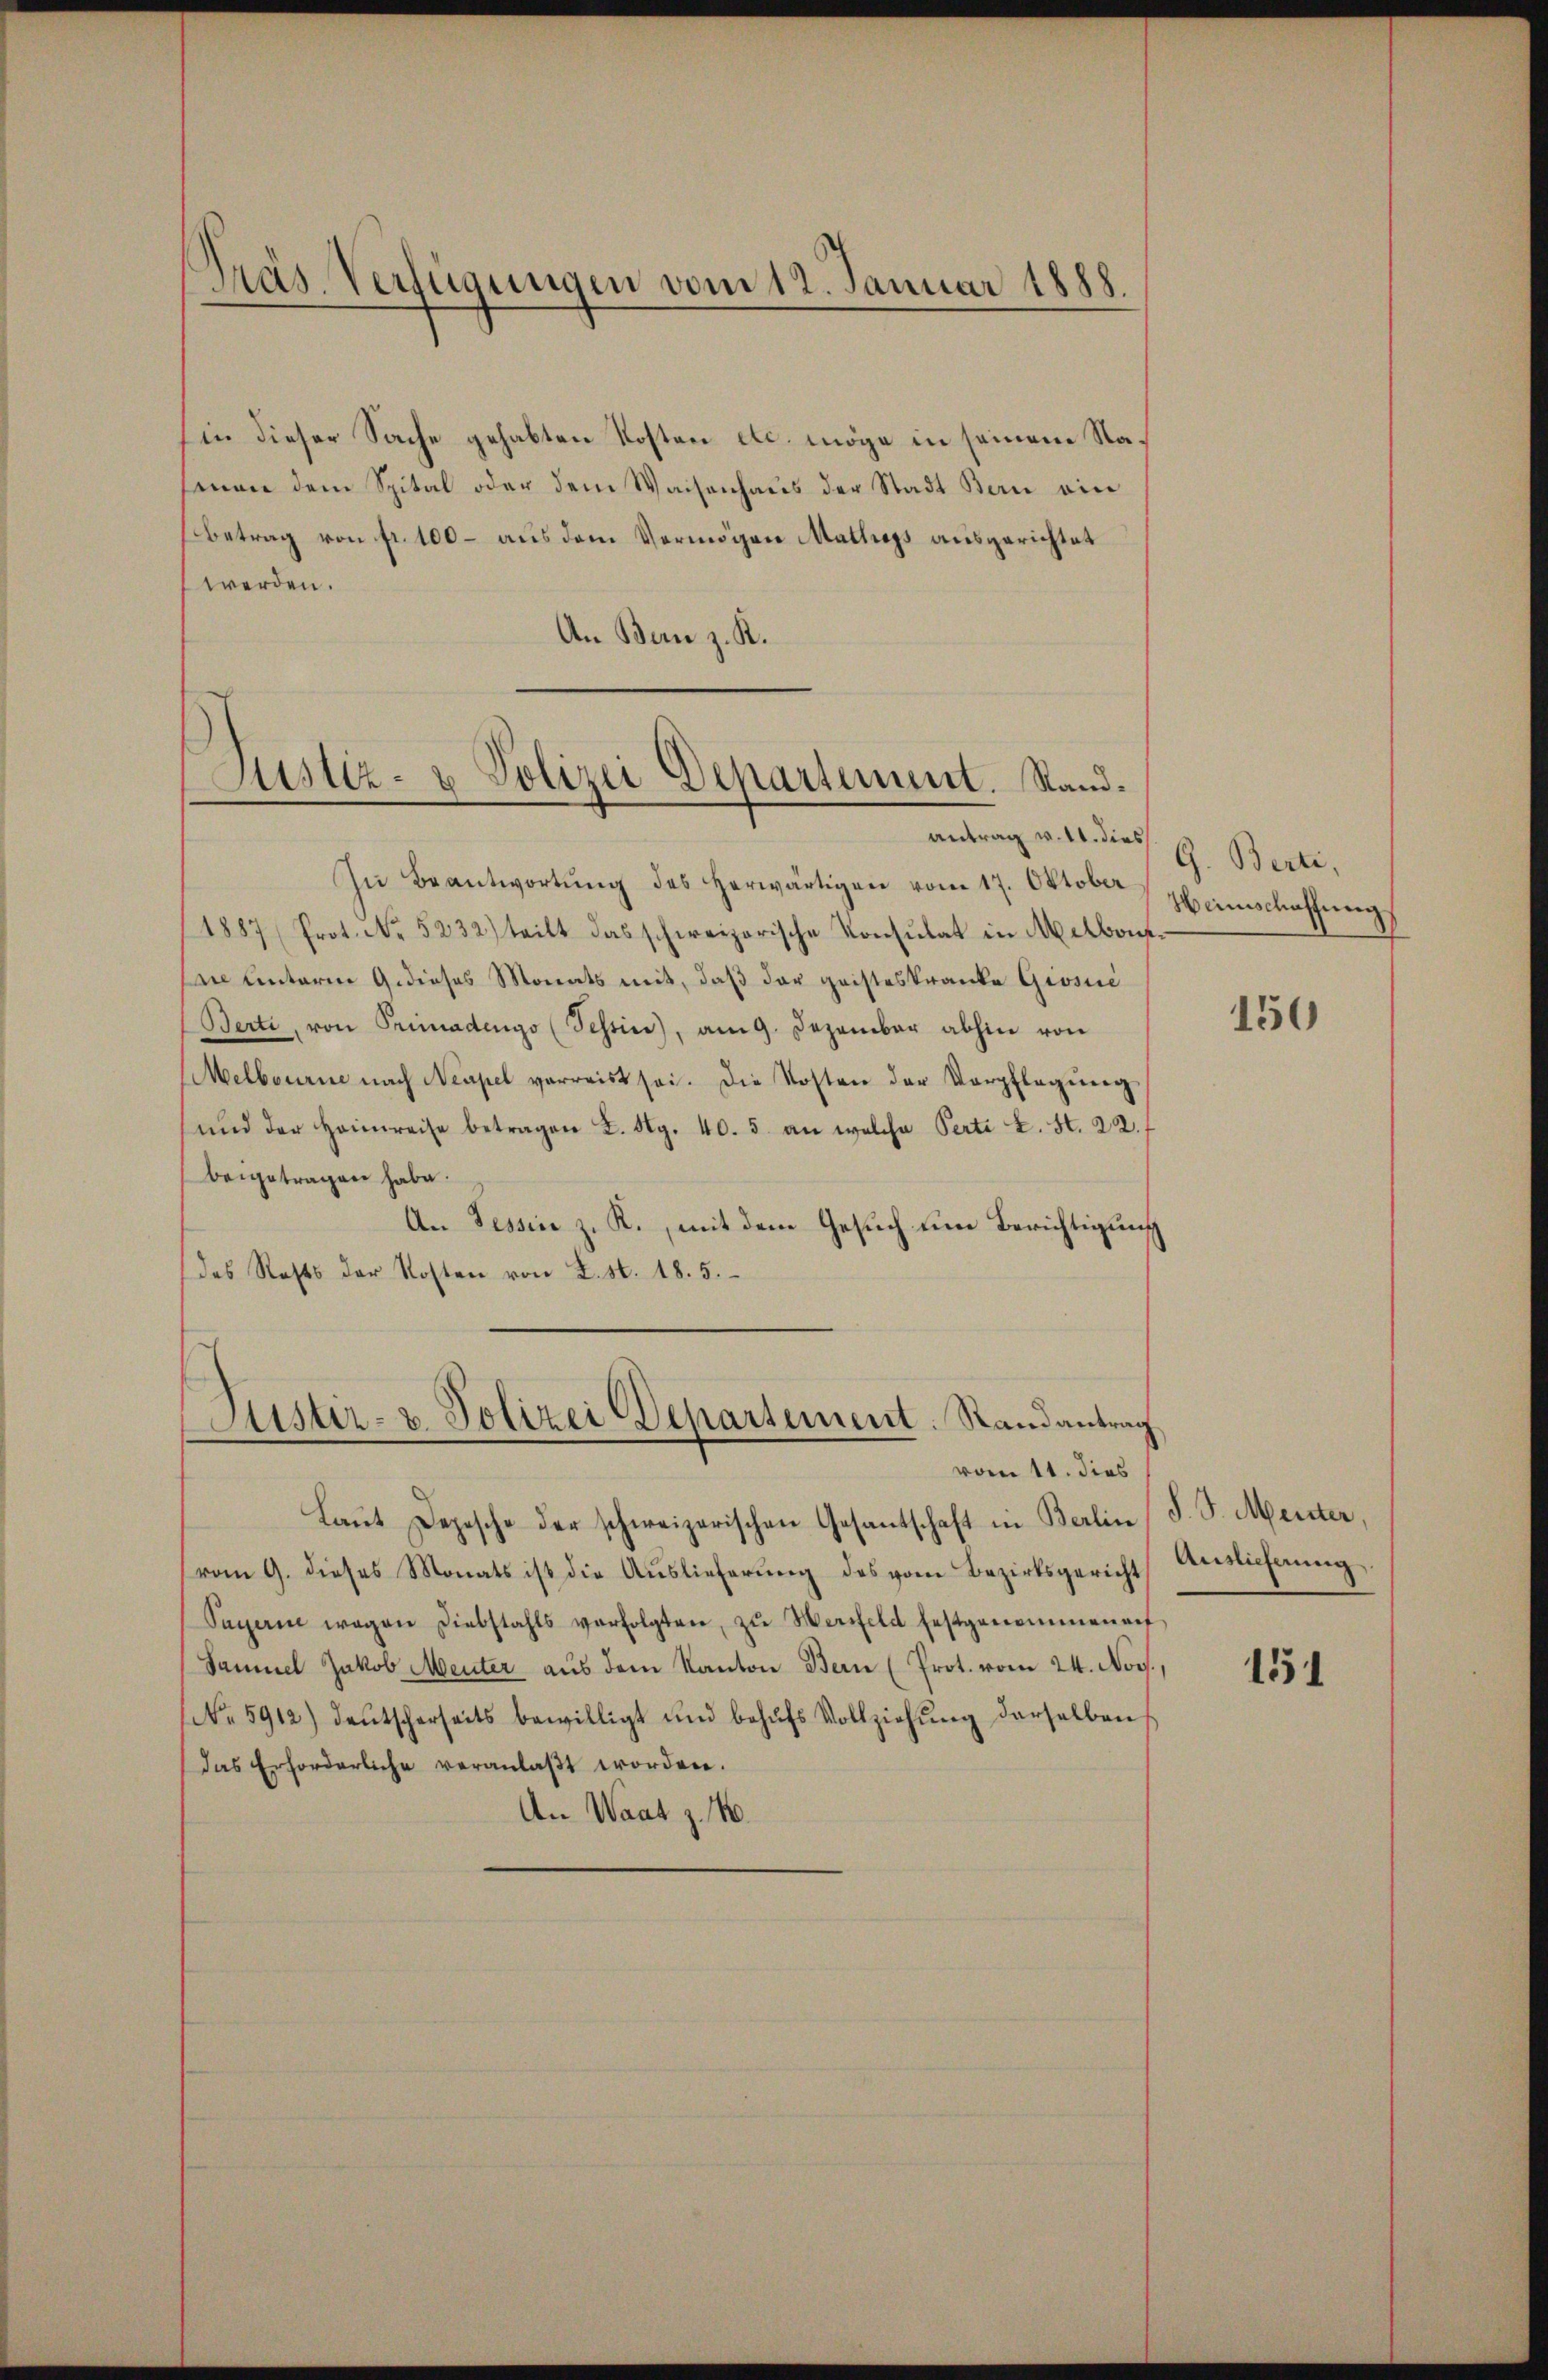
Präs. Verfügungen vom 12. Januar 1888.

Ein dieser Sache gehabten Kosten etc. möge in seinem Nasenen dem Spital oder dem Waisenhaus der Stadt Bern ein
Betrag von fr. 100 – aus dem Vermögen Mattags ausgerichtet
werden.
An Bern z. K.

Justiz- u Polizei Departement. Stand.
antrag v. 11. dies

In Beantwortŭng des herwärtigen vom 17. Oktober einschaffung
1887 (Prot. No. 5232) teilt das schweizerische Konsulat in Melbont-
sin unterm Gedieses Monats mit, daß der geisteskranke Grosse
Berti, von Primadengo (Tessin, am 9. Dezember abhin von
Melbourne nach Neapel verreist sei. Die Kosten der Verpflegung
und der Heimreise betragen K. Rg. 40. 5. an welche Perti L. St. 22.
beigetragen habe.
An Tessin z. R., mit dem Gesuch um Berichtigung
das Rests der Kosten von L. S. 18. 5.

Justiz- & Polizei Departement. Randantrag
vom 11. dies

Laŭt Depesche der schweizerischen Gesantschaft in Berlin (S. S. Menter,
vom 9. dieses Monats ist die Auslieferŭng des vom Bezirksgericht Auslicherung
Saperin wegen Diebstahls verfolgten, zŭ Werfeld festgenommenen
Samuel Jakob Menter aus dem Kanton Bern (Prot. vom 24. Nov.,
No 5912) deŭtscherseits bewilligt und behŭfs Vollziehŭng derselben
Das Erforderliche veranlaβt worden.
An Waatz. 4.

G. Berti,

150

151